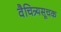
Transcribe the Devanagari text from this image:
वैचित्र्यसूचक